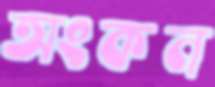
অংকন